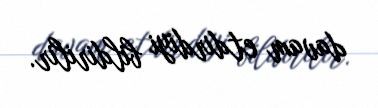
davam etdirdiyi bildirilir.